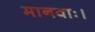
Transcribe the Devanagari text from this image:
मानवाः।